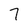
Character: 7